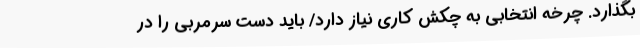
بگذارد. چرخه انتخابی به چکش کاری نیاز دارد/ باید دست سرمربی را در